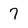
Character: 7